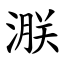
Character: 㴨